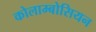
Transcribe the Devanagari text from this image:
कोलाम्बोसियन